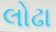
લોઢા